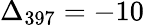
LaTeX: \Delta_{397}=-10